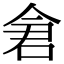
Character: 𫝉